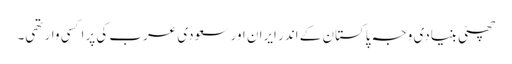
چھٹی بنیادی وجہ پاکستان کے اندر ایران اور سعودی عرب کی پراکسی وار تھی۔